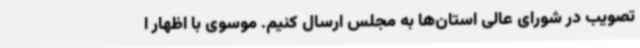
تصویب در شورای عالی استان‌ها به مجلس ارسال کنیم. موسوی با اظهار ا